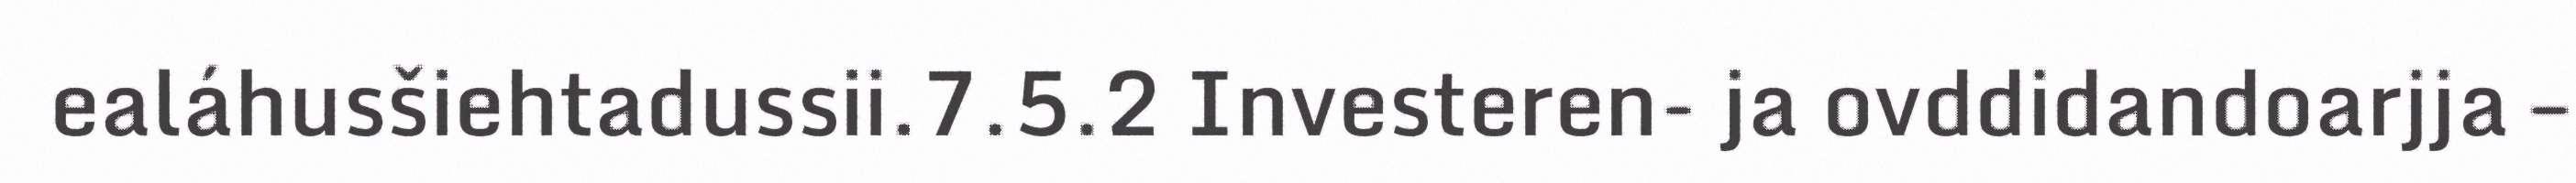
ealáhusšiehtadussii.7.5.2 Investeren- ja ovddidandoarjja –